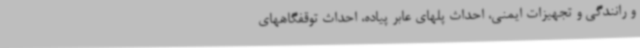
و رانندگی و تجهیزات ایمنی، احداث پلهای عابر پیاده، احداث توقفگاههای